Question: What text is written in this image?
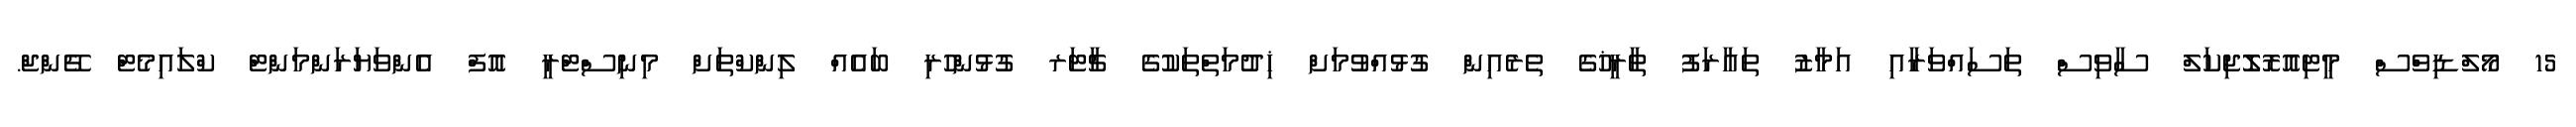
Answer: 15 މޯލްޑިވްސް މީޓިއޮރޮލޮޖިކަލް ސާވިސް ތަސައްވަރާއި އަމާޒު ތައާރަފު ތާރީޚުގެ ތެރެއިން ގުޅުއްވުމަށް ޚިދުމަތްތަކުގެ ޗާޓަރ ގުޅުންހުރި ބައެއް ލިންކްތަށް މިނިސްޓްރީ އޮފް އެންވަޔަރަންމަންޓް ކްލައިމެޓް ޗޭންޖް.